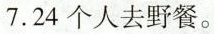
7.24个人去野餐。